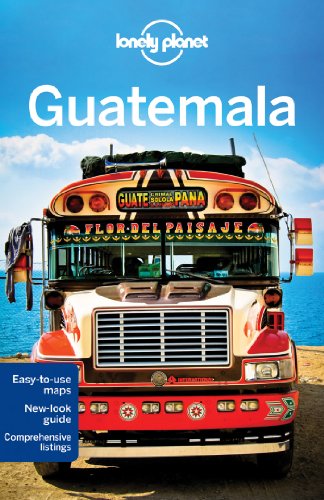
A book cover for Lonely Planet Guatemala (Travel Guide); Lonely Planet; Politics & Social Sciences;